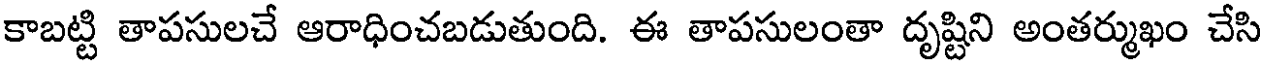
కాబట్టి తాపసులచే ఆరాధించబడుతుంది. ఈ తాపసులంతా దృష్టిని అంతర్ముఖం చేసి